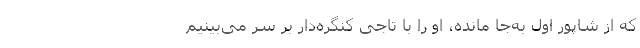
که از شاپور اول به‌جا مانده، او را با تاجی کنگره‌دار بر سر می‌بینیم